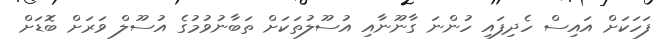
ފަހަކަށް އައިސް ހެދިފައި ހުންނަ ގާނޫނާއި އުސޫލުތަކަށް ތަބާނުވުމުގެ އުސޫލް ވަރަށް ބޮޑަށް